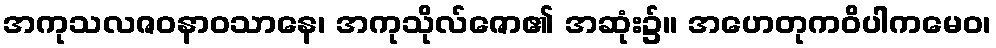
အကုသလဇဝနာဝသာနေ၊ အကုသိုလ်ဇော၏ အဆုံး၌။ အဟေတုကဝိပါကမေဝ၊